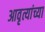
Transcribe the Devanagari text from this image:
आवृत्यांच्या